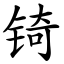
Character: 锜